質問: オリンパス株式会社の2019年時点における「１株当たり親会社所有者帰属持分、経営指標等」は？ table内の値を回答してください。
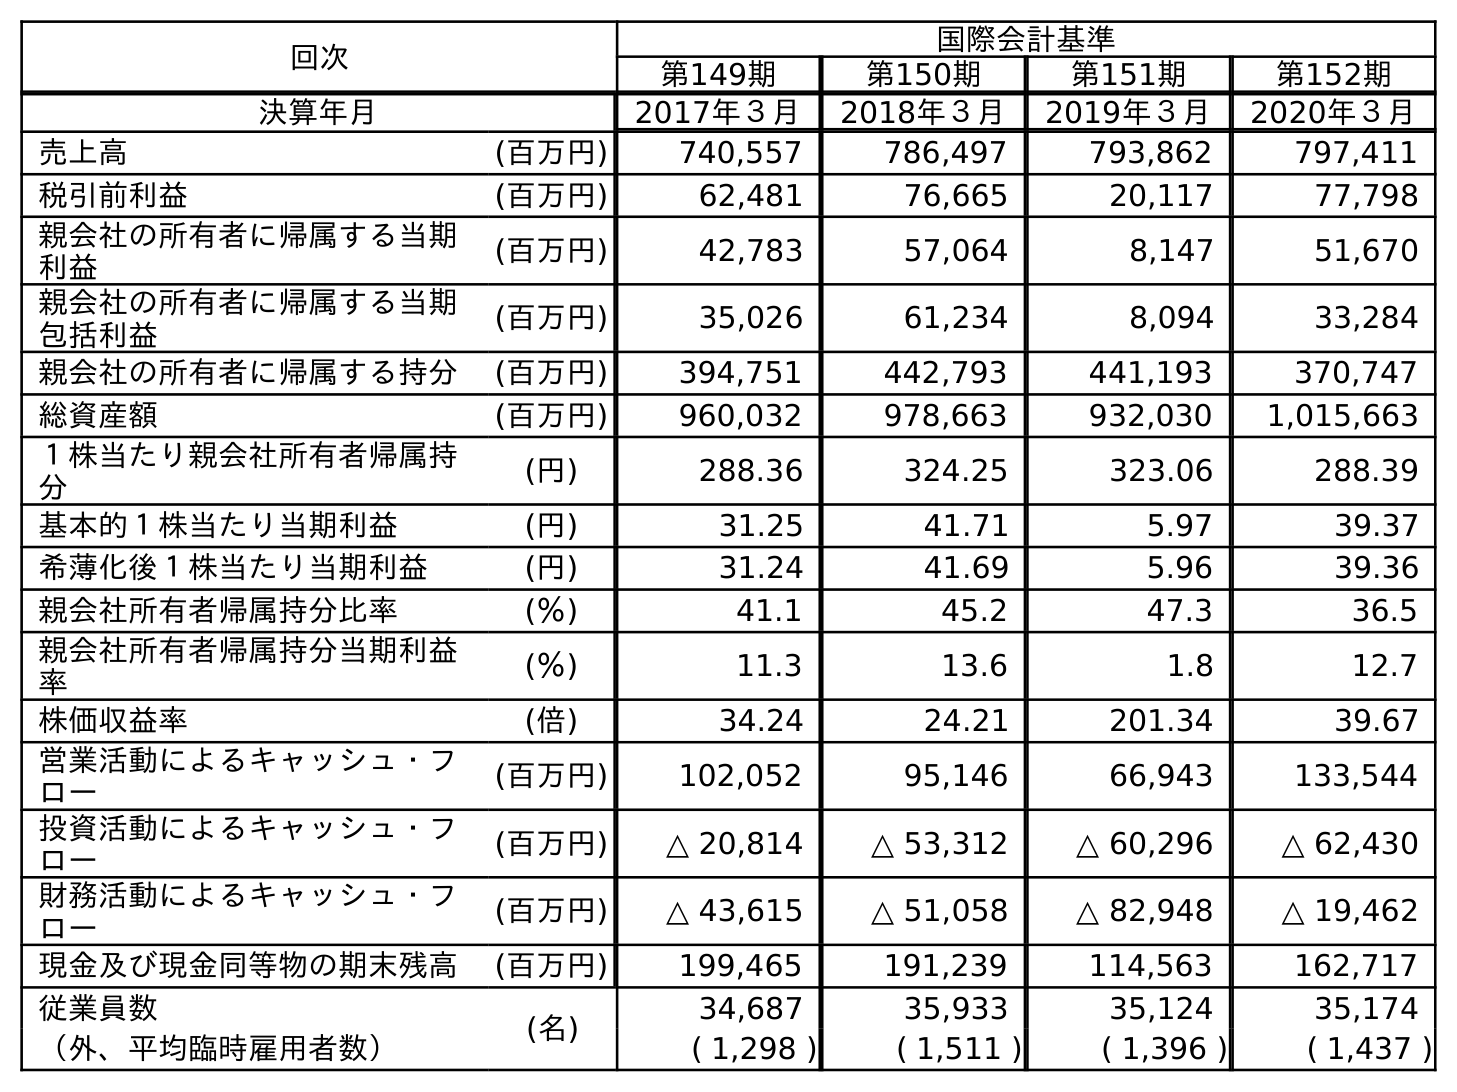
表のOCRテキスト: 回次 国際会計基準 第149期 第150期 第151期 第152期 決算年月 2017年３月 2018年３月 2019年３月 2020年３月 売上高 (百万円) 740,557 786,497 793,862 797,411 税引前利益 (百万円) 62,481 76,665 20,117 77,798 親会社の所有者に帰属する当期 利益 (百万円) 42,783 57,064 8,147 51,670 親会社の所有者に帰属する当期 包括利益 (百万円) 35,026 61,234 8,094 33,284 親会社の所有者に帰属する持分 (百万円) 394,751 442,793 441,193 370,747 総資産額 (百万円) 960,032 978,663 932,030 1,015,663 １株当たり親会社所有者帰属持 分 (円) 288.36 324.25 323.06 288.39 基本的１株当たり当期利益 (円) 31.25 41.71 5.97 39.37 希薄化後１株当たり当期利益 (円) 31.24 41.69 5.96 39.36 親会社所有者帰属持分比率 (％) 41.1 45.2 47.3 36.5 親会社所有者帰属持分当期利益 率 (％) 11.3 13.6 1.8 12.7 株価収益率 (倍) 34.24 24.21 201.34 39.67 営業活動によるキャッシュ・フ ロー (百万円) 102,052 95,146 66,943 133,544 投資活動によるキャッシュ・フ ロー (百万円) △ 20,814 △ 53,312 △ 60,296 △ 62,430 財務活動によるキャッシュ・フ ロー (百万円) △ 43,615 △ 51,058 △ 82,948 △ 19,462 現金及び現金同等物の期末残高 (百万円) 199,465 191,239 114,563 162,717 従業員数 (名) 34,687 35,933 35,124 35,174 （外、平均臨時雇用者数） ( 1,298 ) ( 1,511 ) ( 1,396 ) ( 1,437 )
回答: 323.06